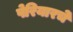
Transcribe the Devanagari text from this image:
पेरियारचे